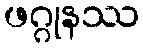
ဖဂ္ဂုနဿ